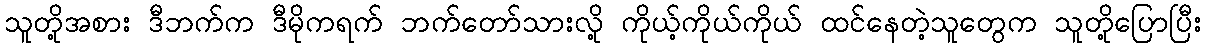
သူတို့အစား ဒီဘက်က ဒီမိုကရက် ဘက်တော်သားလို့ ကိုယ့်ကိုယ်ကိုယ် ထင်နေတဲ့သူတွေက သူတို့ပြောပြီး